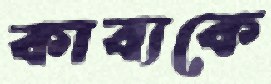
কাব্যকে